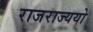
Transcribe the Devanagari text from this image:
राजराज्ययो